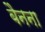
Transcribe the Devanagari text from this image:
बैनना